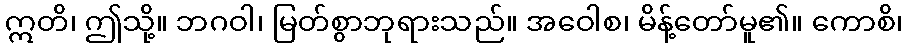
ဣတိ၊ ဤသို့။ ဘဂဝါ၊ မြတ်စွာဘုရားသည်။ အဝေါစ၊ မိန့်တော်မူ၏။ ကောစိ၊